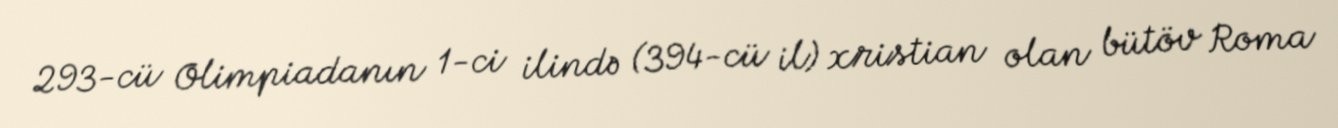
293-cü Olimpiadanın 1-ci ilində (394-cü il) xristian olan bütöv Roma